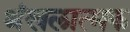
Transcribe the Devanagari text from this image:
श्रंखलात्मक